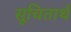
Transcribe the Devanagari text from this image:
सूचितार्थ